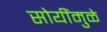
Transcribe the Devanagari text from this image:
सोयींमुळे